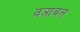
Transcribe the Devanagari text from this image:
वञाबलं